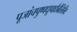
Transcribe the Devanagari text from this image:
पूजांचपुष्पधूपाद्यैर्बलिभिः